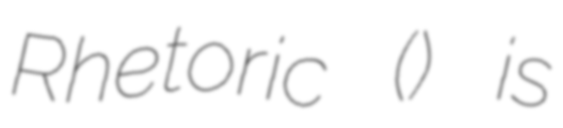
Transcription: Rhetoric () is